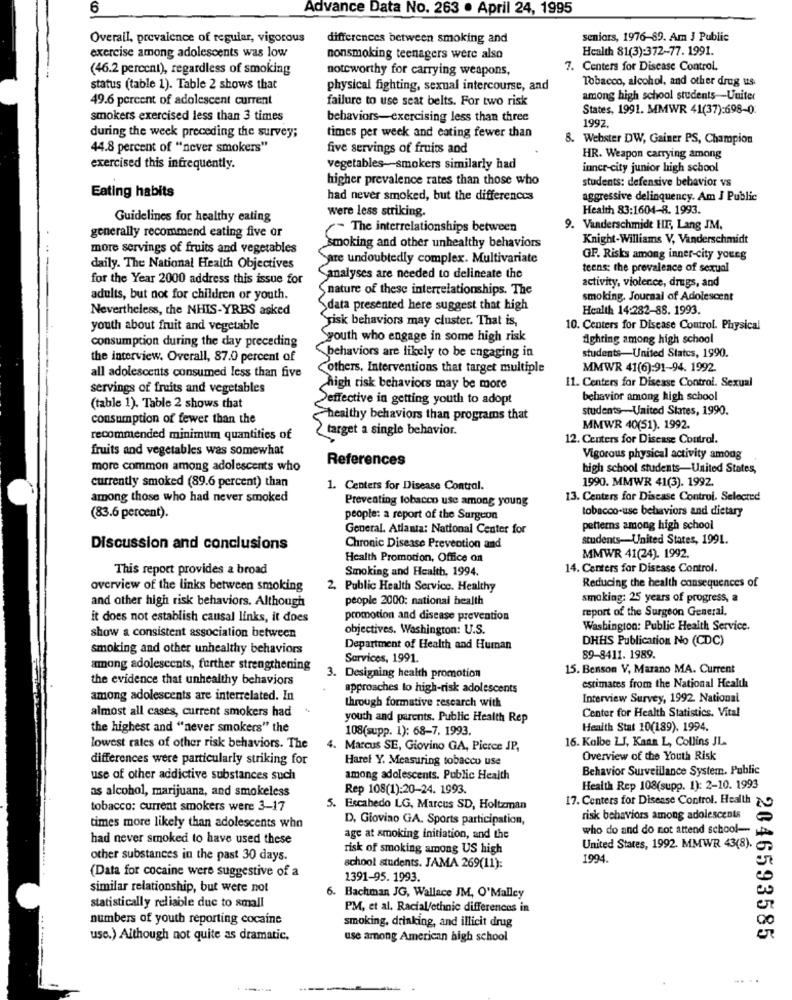
6
Advance Data No. 263 . April 24, 1995
Overall, prevalence of regular, vigorous
differences between smoking and
seniors, 1976-89. Am J Public
Health 81(3):372-77. 1991.
exercise among adolescents was low
nonsmoking teenagers were also
(46.2 percent), regardless of smoking
noteworthy for carrying weapons,
7. Centers for Disease Control.
Tobacco, alcohol, and other drug us
status (table 1). Table 2 shows that
physical fighting, sexual intercourse, and
49.6 percent of adolescent current
failure to use seat belts. For two risk
among high school students-Uniter
States, 1991. MMWR 41(37):698-0:
smokers exercised less than 3 times
behaviors-exercising less than three
1992
during the week preceding the survey;
times per week and eating fewer than
8. Webster DW, Gainer PS, Champion
44.8 percent of "never smokers"
five servings of fruits and
HR. Weapon carrying among
exercised this infrequently.
vegetables-smokers similarly had
inner-city junior high school
higher prevalence rates than those who
students: defensive behavior vs
Eating habits
had never smoked, but the differences
aggressive delinquency. Am J Public
were less striking.
Health 83:1604-8. 1993.
Guidelines for healthy eating
~The interrelationships between
9. Vanderschmidt HE, Lang JM.
generally recommend eating five or
Knight-Williams V, Vanderschmidt
more servings of fruits and vegetables
smoking and other unhealthy behaviors
Sare undoubtedly complex. Multivariate
GF. Risks among inner-city young
daily. The National Health Objectives
teens; the prevalence of sexual
for the Year 2000 address this issue for
analyses are needed to delineate the
activity, violence, drugs, and
nature of these interrelationships. The
adults, but not for children or youth.
smoking. Journal of Adolescent
Nevertheless, the NHIS-YRBS asked
data presented here suggest that high
Health 14:282-88. 1993.
gisk behaviors may cluster. That is,
youth about fruit and vegetable
10. Centers for Disease Control. Physical
Syouth who engage in some high risk
Aghring among high school
consumption during the day preceding
the interview. Overall, 87.0 percent of
behaviors are likely to be engaging in
students-United States, 1990.
others. Interventions that target multiple
MMWR 41(6):91-94. 1992.
all adolescents consumed less than five
11. Centers for Disease Control. Sexual
servings of fruits and vegetables
high risk behaviors may be more
effective in getting youth to adopt
behavior among high school
(table 1). Table 2 shows that
students-United States, 1990.
consumption of fewer than the
healthy behaviors than programs that
target a single behavior.
MMWR 40(51). 1992.
recommended minimum quantities of
12. Centers for Disease Control.
fruits and vegetables was somewhat
References
Vigorous physical activity among
more common among adolescents who
high school students-United States,
currently smoked (89.6 percent) than
1990. MMWR 41(3). 1992.
1. Centers for Disease Control.
among those who had never smoked
Preventing tobacco use among young
13. Centers for Disease Control. Selected
tobacco-use behaviors and dietary
(83.6 percent).
people: a report of the Surgeon
General. Atlanta: National Center for
petterns among high school
students-United States, 1991.
Discussion and conclusions
Chronic Disease Prevention and
Health Promotion, Office on
MMWR 41(24). 1992.
This report provides a broad
Smoking and Health, 1994.
14. Centers for Disease Control.
Reducing the health consequences of
overview of the links between smoking
2. Public Health Service. Healthy
and other high risk behaviors. Although
people 2000: national health
smoking: 25 years of progress, a
report of the Surgeon General.
it does not establish causal links, it does
promotion and disease prevention
objectives. Washington: U.S.
Washington: Public Health Service.
show a consistent association between
DHHS Publication No (CDC)
smoking and other unhealthy behaviors
Department of Health and Human
Services, 1991.
89-8411. 1989.
among adolescents, further strengthening
15. Benson V, Marano MA. Current
the evidence that unhealthy behaviors
3. Designing health promotion
approaches to high-risk adolescents
estimates from the National Health
among adolescents are interrelated. In
through formative research with
Interview Survey, 1992. National
almost all cases, current smokers had
Center for Health Statistics. Vital
youth and parents. Public Health Rep
the highest and "never smokers" the
108(supp. 1): 68-7. 1993.
Heaith Stat 10(189). 1994.
16. Kolbe LJ, Kann L, Collins JL-
lowest rates of other risk behaviors. The
4. Marcus SE, Giovino GA, Pierce JP,
differences were particularly striking for
Harel Y. Measuring tobacco use
Overview of the Youth Risk
Behavior Surveillance System. Public
use of other addictive substances such
among adolescents. Public Health
as alcohol, marijuana, and smokeless
Rep 108(1):20-24. 1993.
Health Rep 108(supp. 1): 2-10. 1993
17. Centers for Disease Control. Health
tobacco: current smokers were 3-17
5. Escabedo LG, Marcus SD, Holtzman
D, Giovino GA. Sports participation,
risk behaviors among adolescents
times more likely than adolescents who
who do and do not attend school-
had never smoked to have used these
age at smoking initiation, and the
risk of smoking among US high
United States, 1992. MMWR 43(8).
other substances in the past 30 days.
1994.
school students. JAMA 269(11):
(Data for cocaine were suggestive of a
1391-95. 1993.
similar relationship, but were not
6. Bachman JG, Wallace JM, O'Malley
statistically reliable due to small
PM, et al. Racial/ethnic differences in
numbers of youth reporting cocaine
smoking, drinking, and illicit drug
use.) Although not quite as dramatic,
use among American high school
2046593585
....